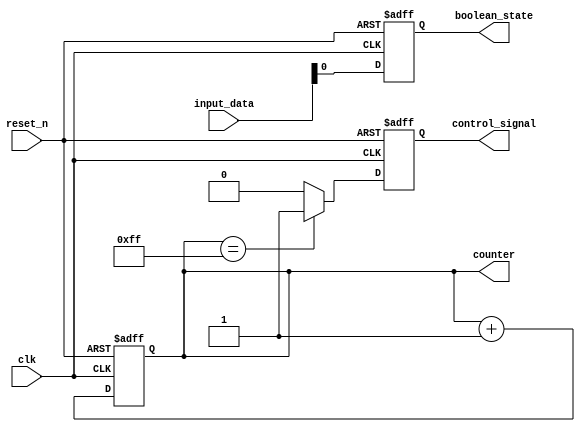
module default_state_initialization (
    input wire clk,          // Clock signal
    input wire reset_n,      // Active low reset signal
    input wire [7:0] input_data, // Example input data
    output reg [7:0] counter, // Example counter state variable
    output reg boolean_state, // Example boolean state variable
    output reg control_signal // Example control signal
);

// Default values
localparam DEFAULT_COUNTER = 8'b00000000; // Default value for counter
localparam DEFAULT_BOOLEAN = 1'b0;         // Default value for boolean state
localparam DEFAULT_CONTROL = 1'b0;         // Default value for control signal

// Asynchronous reset logic
always @(posedge clk or negedge reset_n) begin
    if (!reset_n) begin
        // Initialize state variables to default values
        counter <= DEFAULT_COUNTER;
        boolean_state <= DEFAULT_BOOLEAN;
        control_signal <= DEFAULT_CONTROL;
    end else begin
        // Behavioral logic for state updates when reset is not active
        // Example: Increment counter and update boolean state based on input_data
        counter <= counter + 1; // Increment counter
        boolean_state <= input_data[0]; // Example: set boolean state based on input data
        control_signal <= (counter == 8'b11111111) ? 1'b1 : 1'b0; // Example control logic
    end
end

endmodule